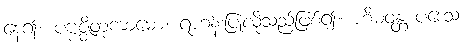
နေ၍။ ပဗ္ဗဇ္ဇိတုကာမော၊ ရဟန်းပြုလိုသည်ဖြစ်၍။ ဟိမဝန္တ ပဒေသံ၊